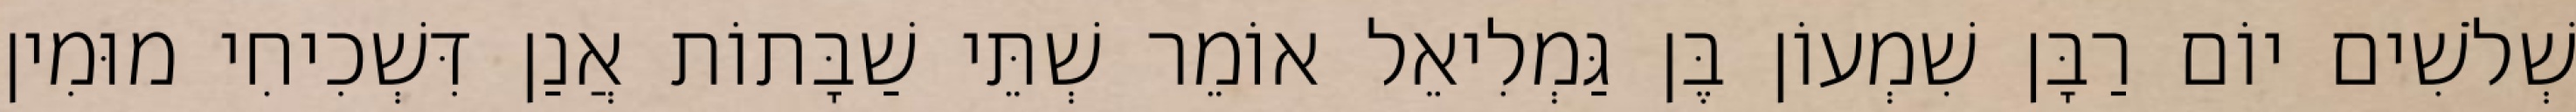
שְׁלֹשִׁים יוֹם רַבָּן שִׁמְעוֹן בֶּן גַּמְלִיאֵל אוֹמֵר שְׁתֵּי שַׁבָּתוֹת אֲנַן דִּשְׁכִיחִי מוּמִין